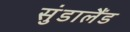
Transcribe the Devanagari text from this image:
सुंडालैंड